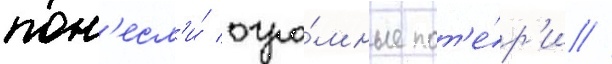
пон'есл'и́ огро́мные пот'е́р'и //